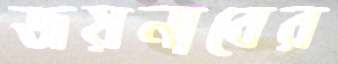
জয়নাবের